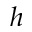
h